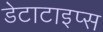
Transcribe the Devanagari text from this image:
डेटाटाइप्स